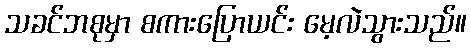
သခင်ဘစုမှာ စကားပြောယင်း မေ့လဲသွားသည်။